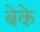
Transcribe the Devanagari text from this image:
बेके